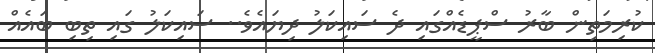
ކުރިމަތިން ބާރު ސްޕީޑެއްގައި ދެ ސައިކަލު ދިޔައެވެ.. ސައިކަލު ގައި ތިބި ބައެއް